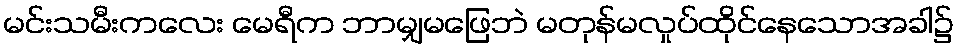
မင်းသမီးကလေး မေရီက ဘာမျှမဖြေဘဲ မတုန်မလှုပ်ထိုင်နေသောအခါ၌